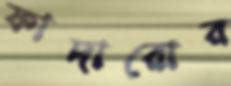
ফাদারোর